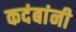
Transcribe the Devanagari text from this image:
कदंबांनी